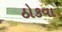
ઠોકવા